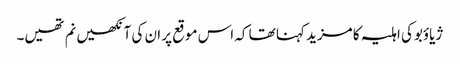
ژیاؤبوکی اہلیہ کا مزید کہنا تھا کہ اس موقع پر ان کی آنکھیں نم تھیں۔